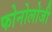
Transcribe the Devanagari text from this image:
फोनोलोजी